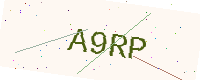
Text: A9RP